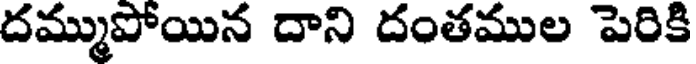
దమ్ముపోయిన దాని దంతముల పెరికి